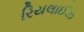
રિયલાઈઝ